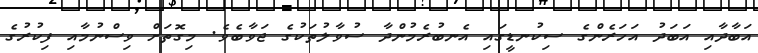
އަބާދާއި އަބަދު އަހަރެންގެ ސިކުނޑީގައި އެނބުރެމުންދާ ސުވާލުތަކުގެ ޖަވާބެވެ. މިގޮތަށް ވިސްނުމާއި ފިކުރުގެ